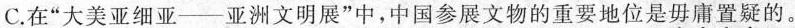
C.在”大美亚细亚--亚洲文明展”中，中国参展文物的重要地位是毋庸置疑的。